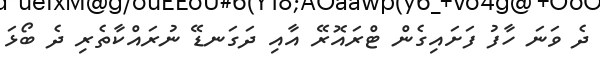
ދެ ވަނަ ހާފު ފަށައިގެން ޓްރައޮރޭ އާއި ދަގަނޑޭ ނުރައްކާތެރި ދެ ބޯޅަ